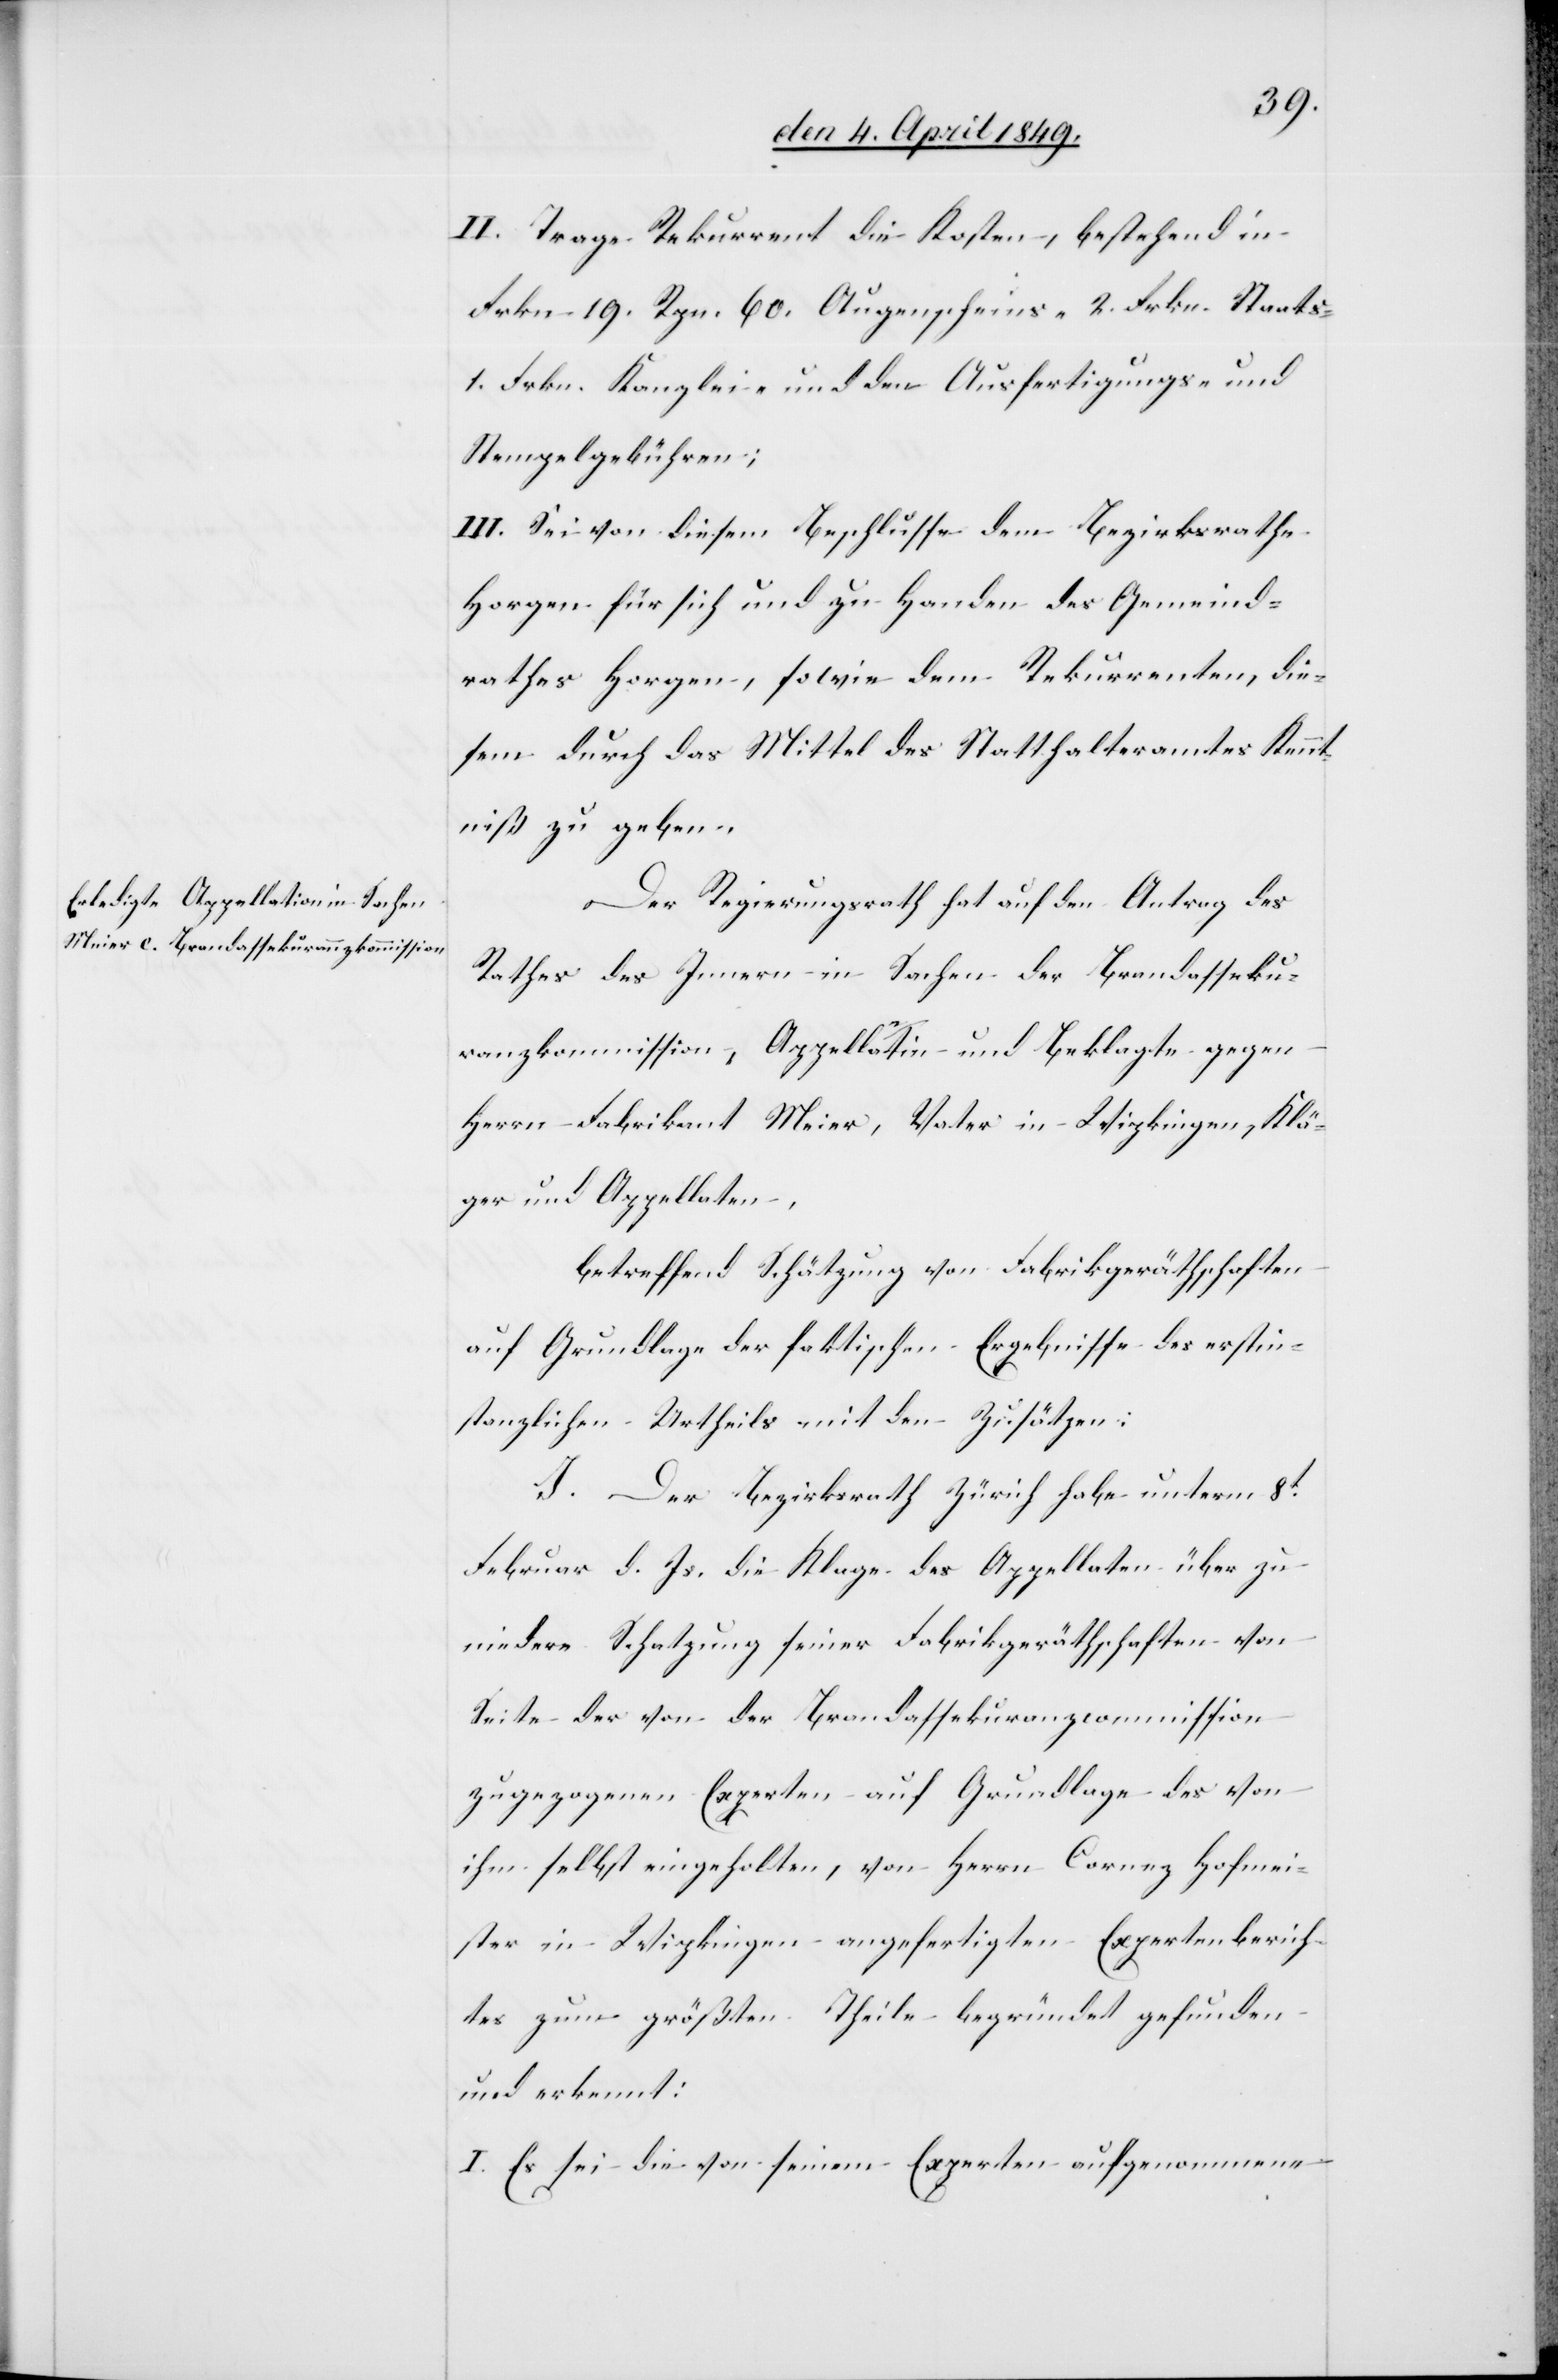
II. Trage Rekurrent die Kosten, bestehend in
Frkn. 19. Rpn. 60. Augenscheins- 2. Frkn. Staats-
1. Frkn. Kanzlei- und den Ausfertigungs- und
Stempelgebühren;
III. Sei von diesem Beschlusse dem Bezirksrathe
Horgen für sich und zu Handen des Gemeind¬
rathes Horgen, sowie dem Rekurrenten, die¬
sem durch das Mittel des Statthalteramtes Kennt¬
niß zu geben.
Der Regierungsrath hat auf den Antrag des
Rathes des Innern in Sachen der Brandasseku¬
ranzkommission, Appellantin und Beklagte gegen
Herrn Fabrikant Meier, Vater in Wipkingen, Klä¬
ger und Appellaten,
betreffend Schätzung von Fabrikgeräthschaften
auf Grundlage der faktischen Ergebnisse des erstin¬
stanzlichen Urtheils mit den Zusätzen:
J. Der Bezirksrath Zürich habe unterm 8t
Februar d. Js. die Klage des Appellaten über zu
niedere Schatzung seiner Fabrikgeräthschaften von
Seite der von der Brandassekuranzcommission
zugezogenen Experten auf Grundlage des von
ihm selbst eingeholten, von Herrn Cornez Hofmei¬
ster in Wipkingen angefertigten Expertenberich¬
tes zum größten Theile begründet gefunden
und erkennt:
I. Es sei die von seinem Experten aufgenommene